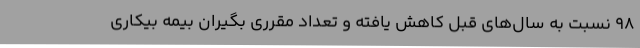
98 نسبت به سال‌های قبل کاهش یافته و ‌تعداد مقرری بگیران بیمه بیکاری